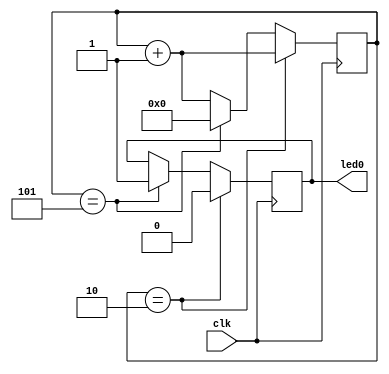
`timescale 1ns / 1ps
//////////////////////////////////////////////////////////////////////////////////
// Company: 
// Engineer: 
// 
// Design Name: 
// Module Name:    blinking_led 
// Project Name: 
// Target Devices: 
// Tool versions: 
// Description: 
//
// Dependencies: 
//
// Revision: 
// Revision 0.01 - File Created
// Additional Comments: 
//
//////////////////////////////////////////////////////////////////////////////////
`define OFF_TIME 2
`define ON_TIME (2*`OFF_TIME+1)

module blinking_led(clk, led0);
input clk;
reg [29:0] counter = 0;
output led0;
reg led0;

always@(posedge clk) begin
	counter <= counter + 1;
	if(counter == `OFF_TIME) begin
		led0 <= 0;
	end
	else if(counter == `ON_TIME) begin
		led0 <= 1;
		counter <= 0;
	end
end
	
endmodule